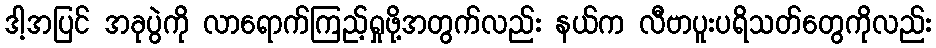
ဒါ့အပြင် အခုပွဲကို လာရောက်ကြည့်ရှုဖို့အတွက်လည်း နယ်က လီဗာပူးပရိသတ်တွေကိုလည်း